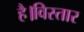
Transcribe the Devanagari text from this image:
है।विस्तार